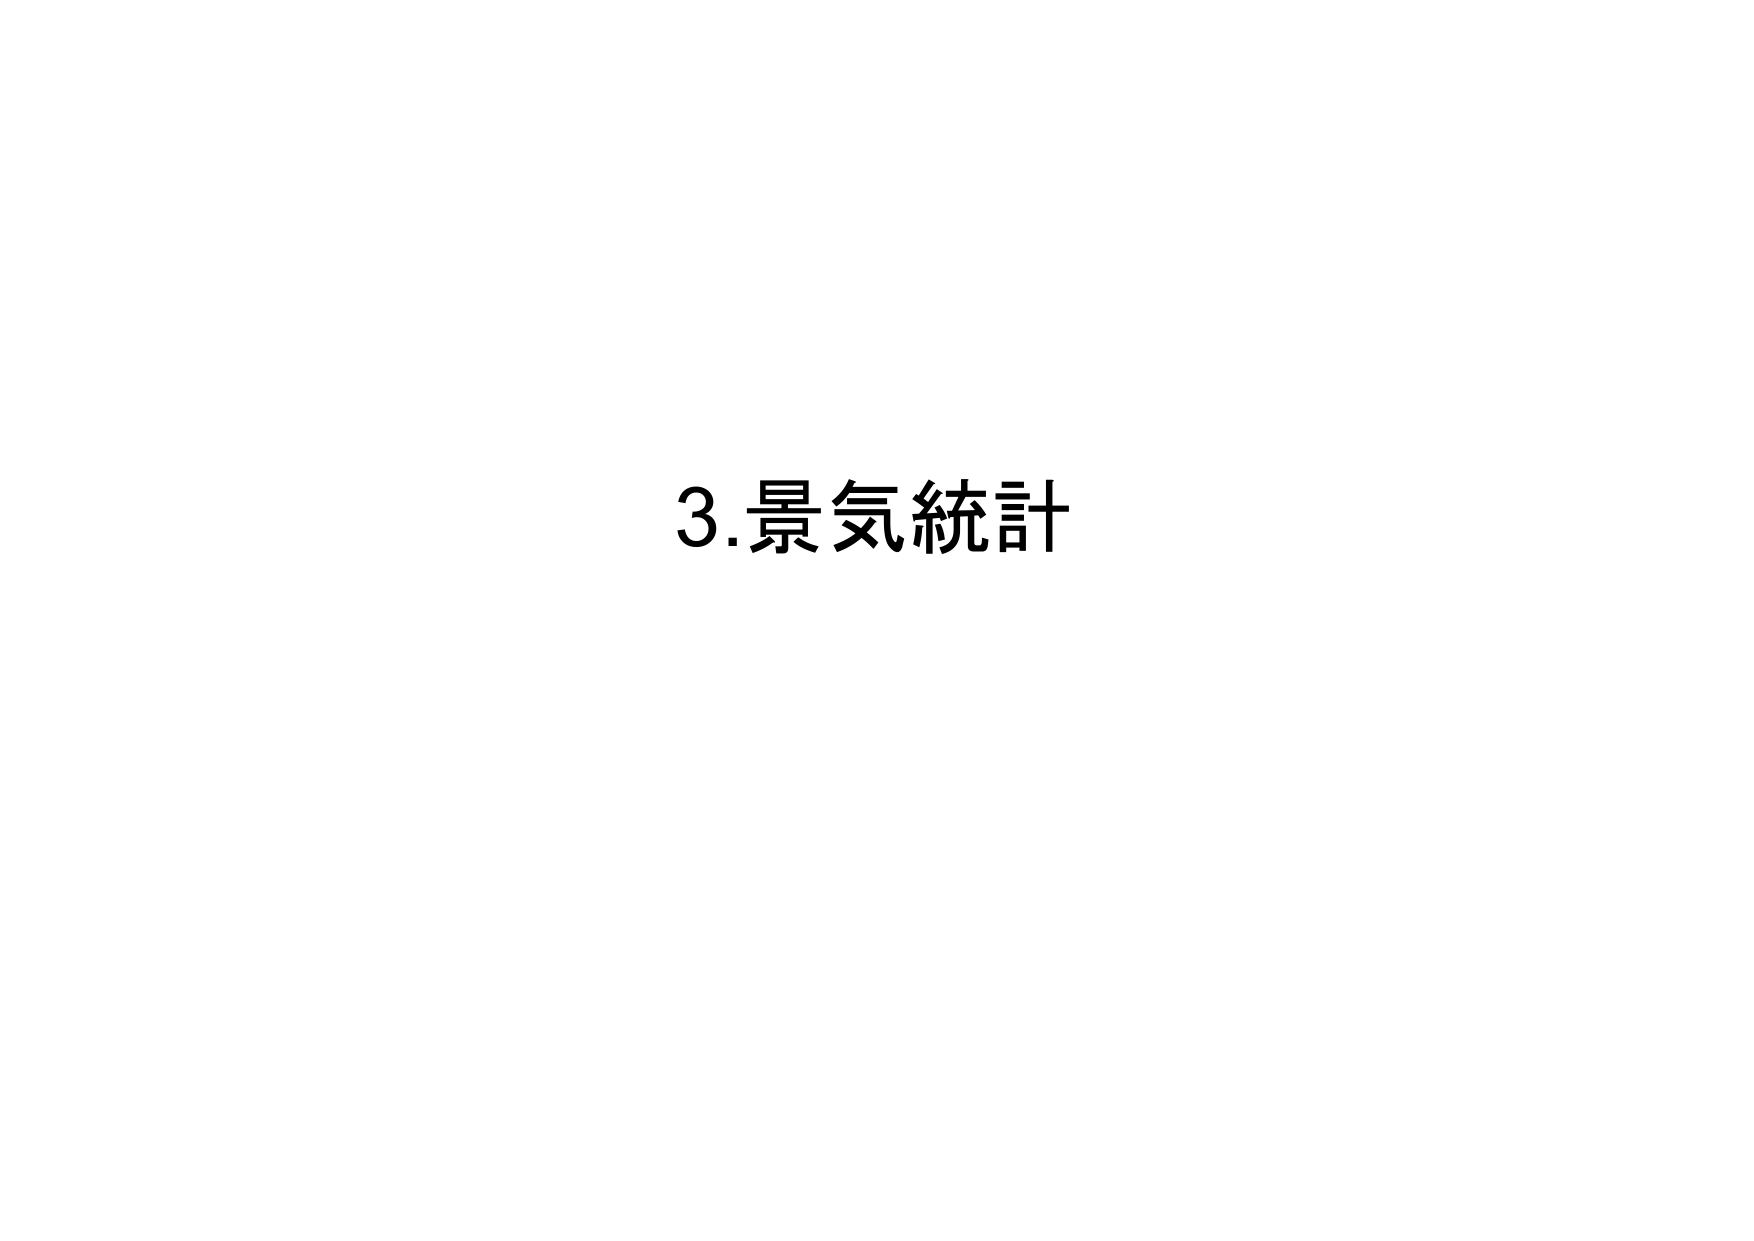
3.景気統計